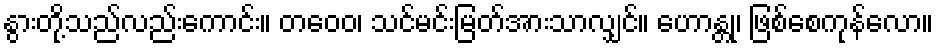
နွားတို့သည်လည်းကောင်း။ တဝေဝ၊ သင်မင်းမြတ်အားသာလျှင်။ ဟောန္တု၊ ဖြစ်စေကုန်လော။